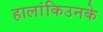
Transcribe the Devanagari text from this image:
हालांकिउनके